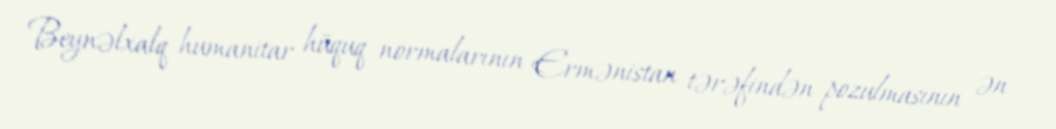
Beynəlxalq humanitar hüquq normalarının Ermənistan tərəfindən pozulmasının ən